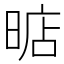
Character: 𣈘